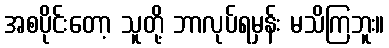
အစပိုင်းတော့ သူတို့ ဘာလုပ်ရမှန်း မသိကြဘူး။